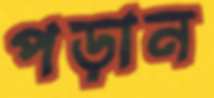
পড়ান